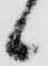
候